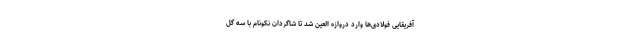
آفریقایی فولادی‌ها وارد دروازه العین شد تا شاگردان نکونام با سه گل